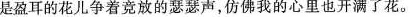
是盈耳的花儿争着竞放的瑟瑟声，仿佛我的心里也开满了花。